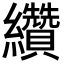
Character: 纘